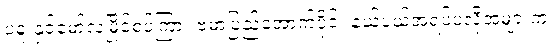
ပဲခူးနှင့်မော်လမြိုင်စပ်ကြား ဗမာပြည်အောက်ပိုင်း နယ်ပယ်အရပ်ပဲလို့အများက